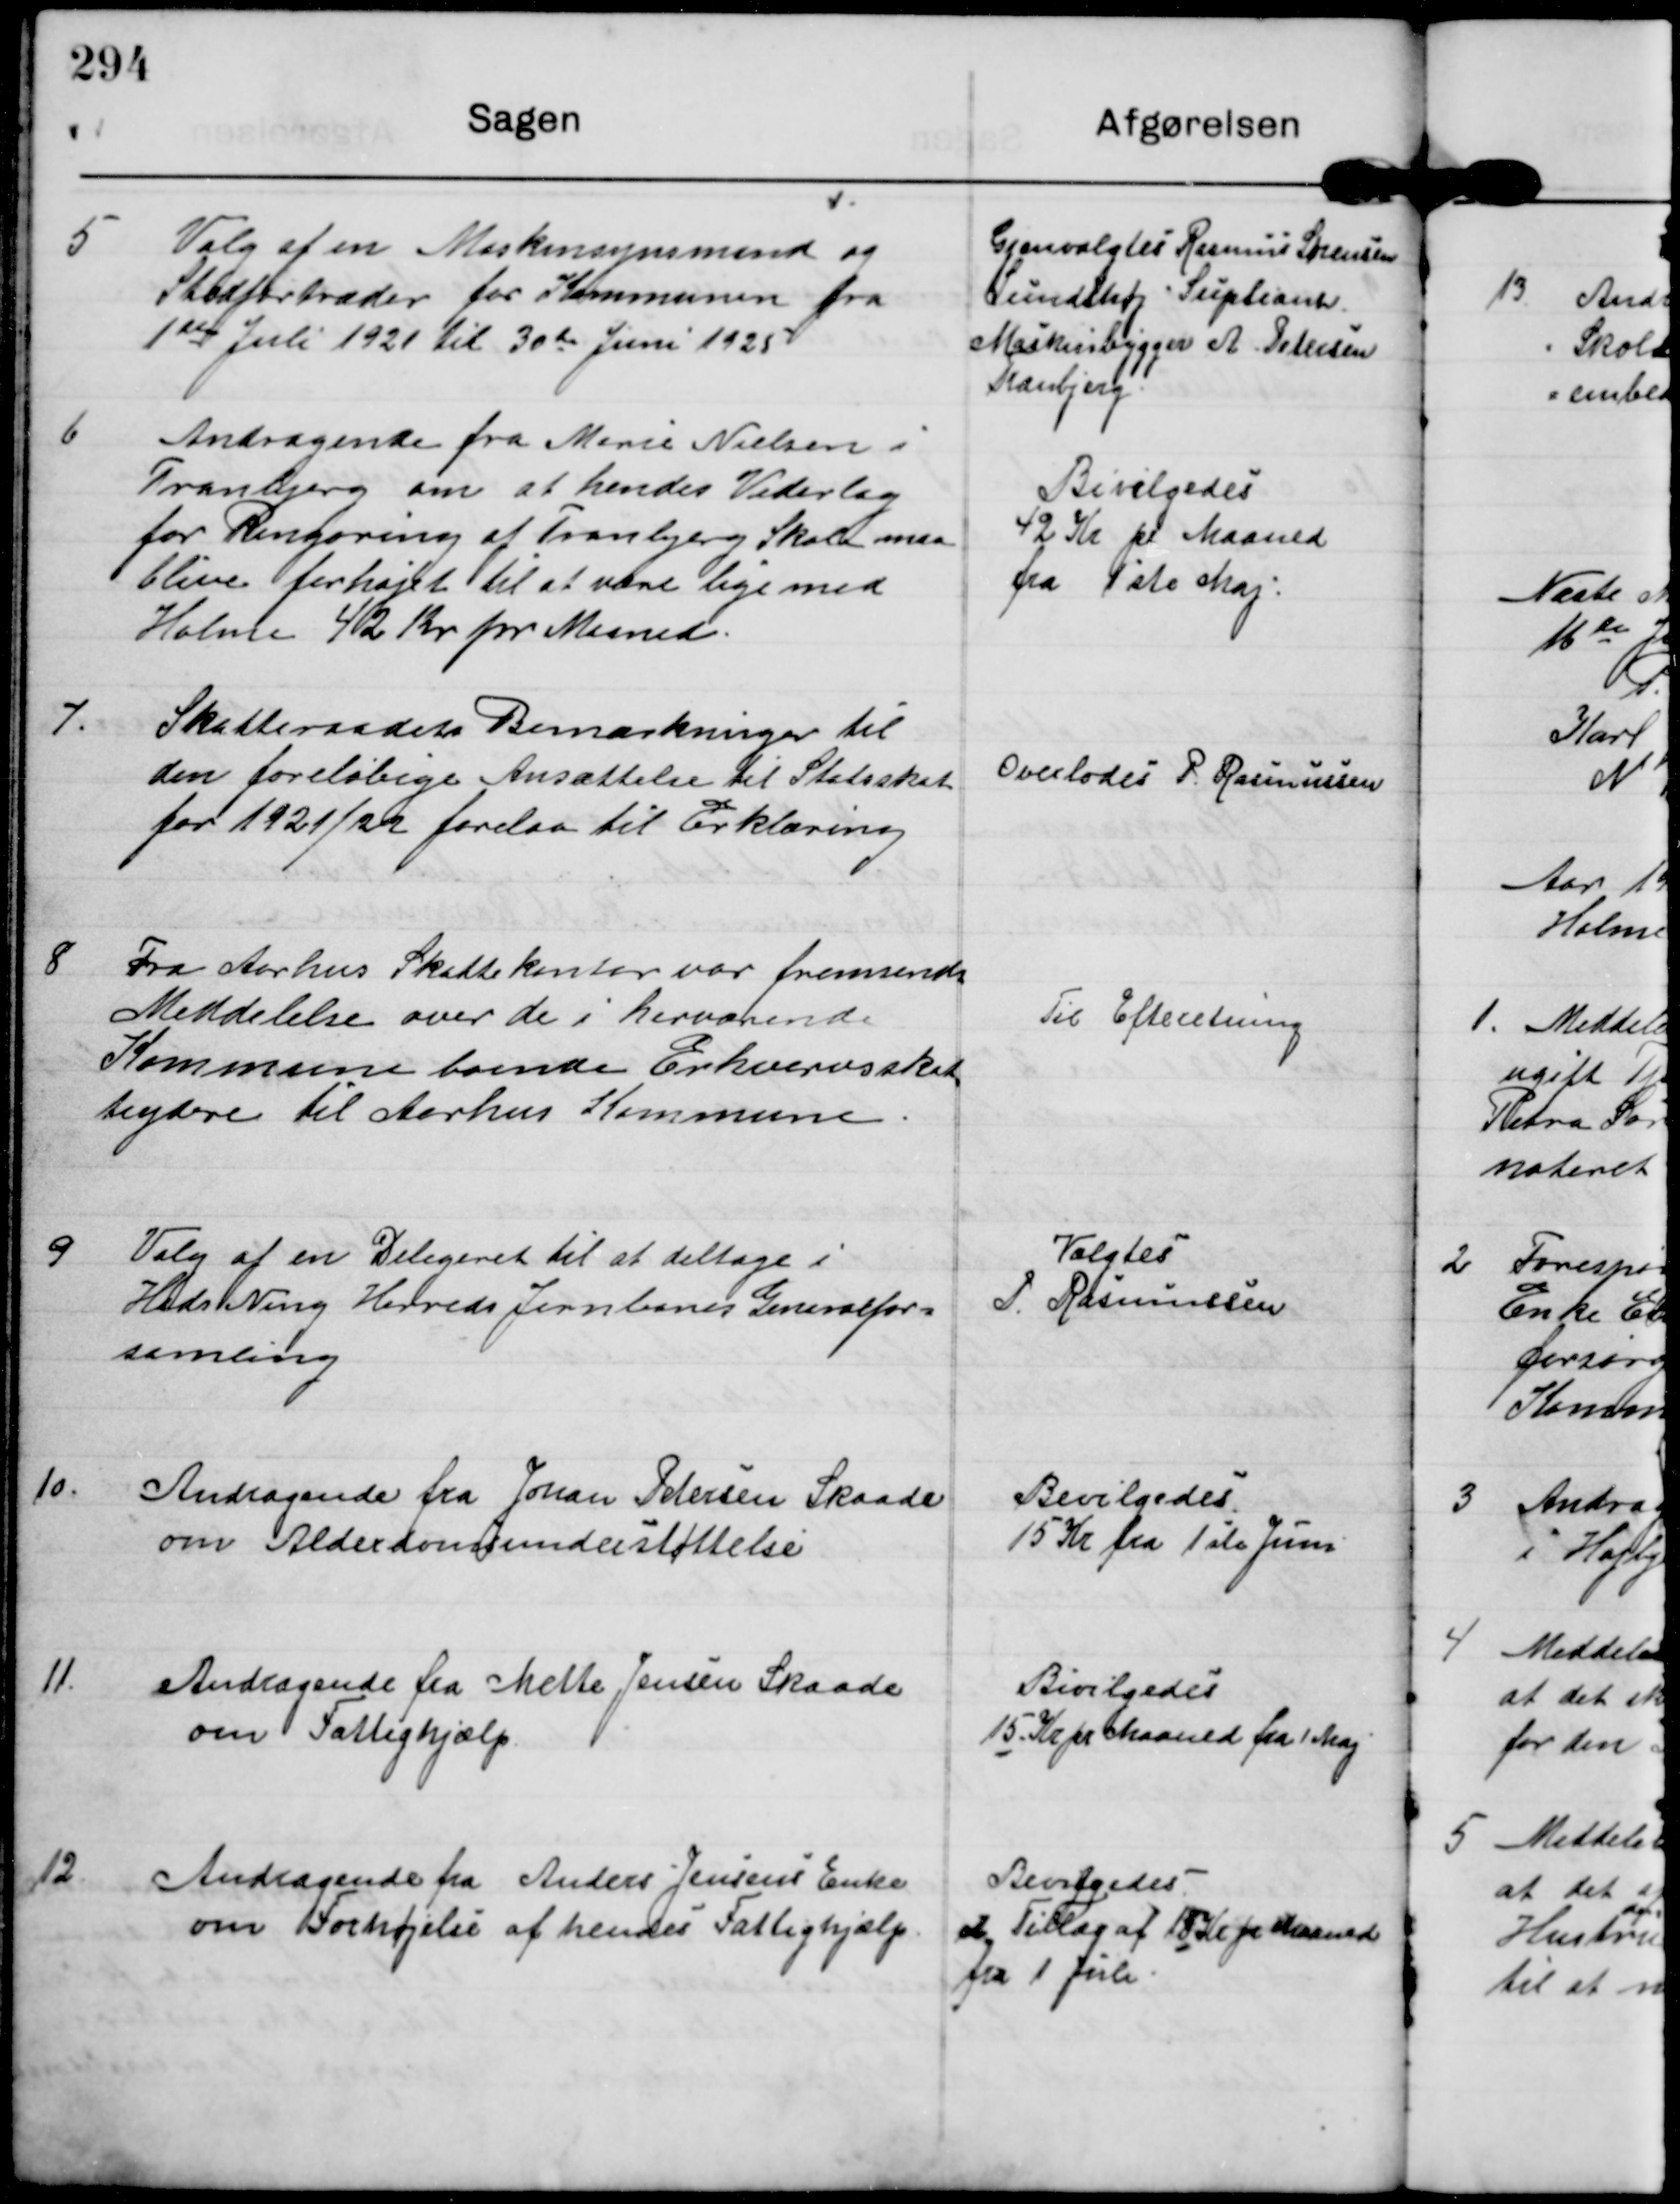
Transskription:
5

Valg af en Maskinsynsmand og
Stedfortræder for Kommunen fra
1ste Juli 1921 til 30te Juni 1925

Gjenvalgtes Rasmus Sørensen
Lundshøj Supleant
Maskinbygger A Petersen
Tranbjerg.

6

Andragende fra Marie Nielsen i
Tranbjerg om at hendes Vederlag
for Rengøring af Tranbjerg Skole maa
blive forhøjet til at være lige med
Holme 42 Kr pr Maaned

Bevilgedes
42 Kr. pr Maaned
fra 1ste Maj.

7.

Skatteraadets Bemærkninger til
den foreløbige Ansættelse til Statsskat
for 1921/22 forelaa til Erklæring

Overlodes P Rasmussen

8

Fra Aarhus Skattekontor var fremsendt
Meddelelse over de i herværende
Kommune boende Erhvervsskat-
teydere til Aarhus Kommune

Til Efteretning

9

Valg af en Delegeret til at deltage i
Hads Ning Herreds Jernbanes Generalfor-
samling

Valgtes
P Rasmussen

10.

Andragende fra Johan Petersen Skaade
om Alderdomsunderstøttelse

Bevilgedes
15 Kr fra 1ste Juni

11

Andragende fra Mette Jensen Skaade
om Fattighjælp

Bevilgedes
15 Kr pr Maaned fra 1. Maj

12

Andragende fra Anders Jensens Enke
om Forhøjelse af hendes Fattighjælp

Bevilgedes
et Tillæg af 15 Kr pr Maaned
fra 1 Juli